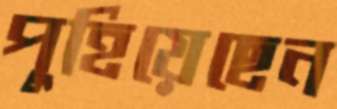
পুহিয়েছেন